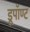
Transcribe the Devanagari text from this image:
डूपॉण्ट